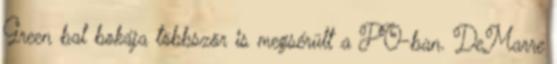
Green bal bokája többször is megsérült a PO-ban. DeMarre